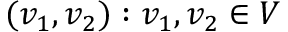
( v _ { 1 } , v _ { 2 } ) : v _ { 1 } , v _ { 2 } \in V